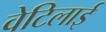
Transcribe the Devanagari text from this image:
वेटिलाई